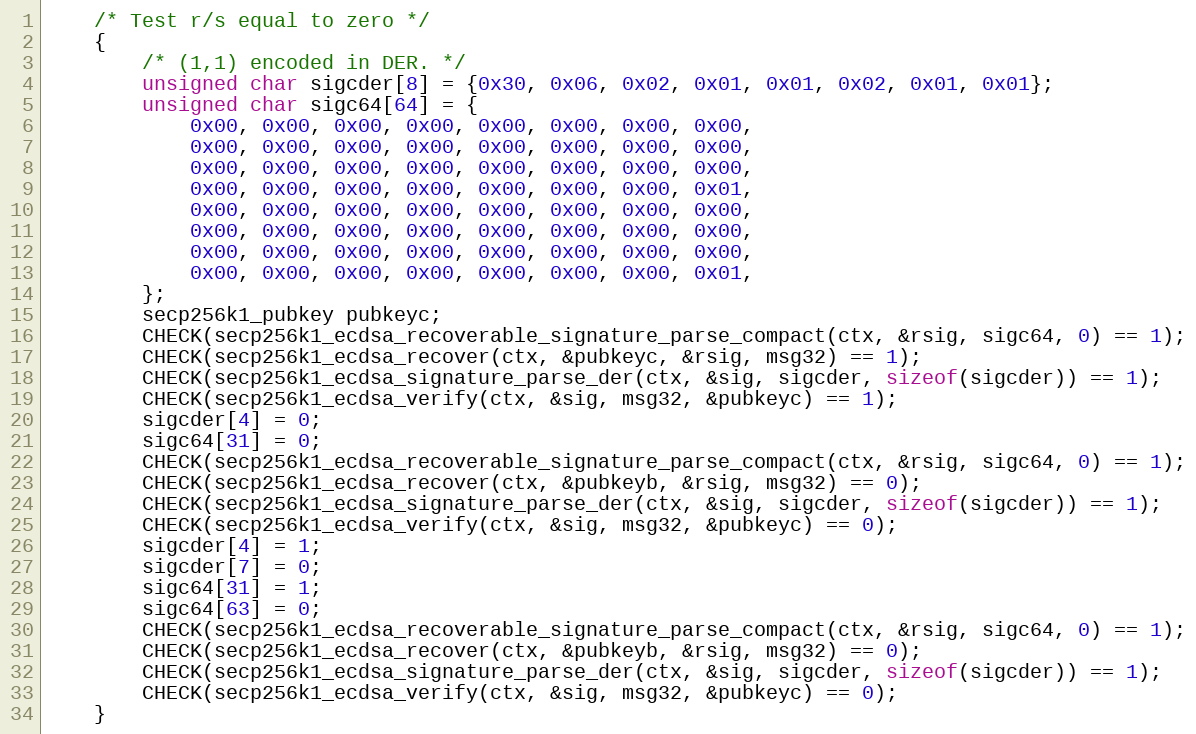
Language: C
    /* Test r/s equal to zero */
    {
        /* (1,1) encoded in DER. */
        unsigned char sigcder[8] = {0x30, 0x06, 0x02, 0x01, 0x01, 0x02, 0x01, 0x01};
        unsigned char sigc64[64] = {
            0x00, 0x00, 0x00, 0x00, 0x00, 0x00, 0x00, 0x00,
            0x00, 0x00, 0x00, 0x00, 0x00, 0x00, 0x00, 0x00,
            0x00, 0x00, 0x00, 0x00, 0x00, 0x00, 0x00, 0x00,
            0x00, 0x00, 0x00, 0x00, 0x00, 0x00, 0x00, 0x01,
            0x00, 0x00, 0x00, 0x00, 0x00, 0x00, 0x00, 0x00,
            0x00, 0x00, 0x00, 0x00, 0x00, 0x00, 0x00, 0x00,
            0x00, 0x00, 0x00, 0x00, 0x00, 0x00, 0x00, 0x00,
            0x00, 0x00, 0x00, 0x00, 0x00, 0x00, 0x00, 0x01,
        };
        secp256k1_pubkey pubkeyc;
        CHECK(secp256k1_ecdsa_recoverable_signature_parse_compact(ctx, &rsig, sigc64, 0) == 1);
        CHECK(secp256k1_ecdsa_recover(ctx, &pubkeyc, &rsig, msg32) == 1);
        CHECK(secp256k1_ecdsa_signature_parse_der(ctx, &sig, sigcder, sizeof(sigcder)) == 1);
        CHECK(secp256k1_ecdsa_verify(ctx, &sig, msg32, &pubkeyc) == 1);
        sigcder[4] = 0;
        sigc64[31] = 0;
        CHECK(secp256k1_ecdsa_recoverable_signature_parse_compact(ctx, &rsig, sigc64, 0) == 1);
        CHECK(secp256k1_ecdsa_recover(ctx, &pubkeyb, &rsig, msg32) == 0);
        CHECK(secp256k1_ecdsa_signature_parse_der(ctx, &sig, sigcder, sizeof(sigcder)) == 1);
        CHECK(secp256k1_ecdsa_verify(ctx, &sig, msg32, &pubkeyc) == 0);
        sigcder[4] = 1;
        sigcder[7] = 0;
        sigc64[31] = 1;
        sigc64[63] = 0;
        CHECK(secp256k1_ecdsa_recoverable_signature_parse_compact(ctx, &rsig, sigc64, 0) == 1);
        CHECK(secp256k1_ecdsa_recover(ctx, &pubkeyb, &rsig, msg32) == 0);
        CHECK(secp256k1_ecdsa_signature_parse_der(ctx, &sig, sigcder, sizeof(sigcder)) == 1);
        CHECK(secp256k1_ecdsa_verify(ctx, &sig, msg32, &pubkeyc) == 0);
    }